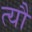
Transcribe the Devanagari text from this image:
त्‍यौं